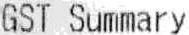
GST SUMMARY